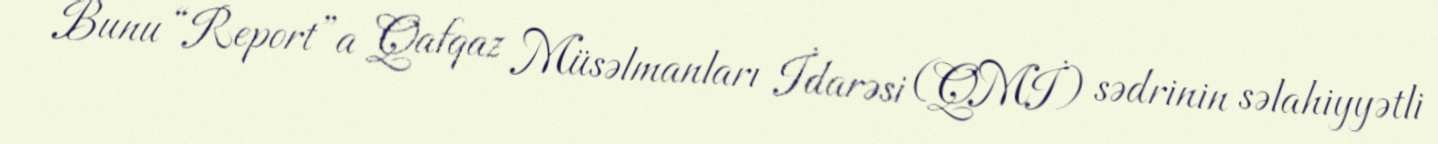
Bunu “Report”a Qafqaz Müsəlmanları İdarəsi (QMİ) sədrinin səlahiyyətli